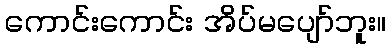
ကောင်းကောင်း အိပ်မပျော်ဘူး။